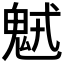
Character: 𩲭